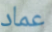
عماد